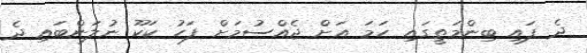
ދެ ފައި ބިންމަތީގައި ހަމަ އަށް ޖެއްސުމަށް ފަހު ކަކޫ ނުލަންބައި ދެ